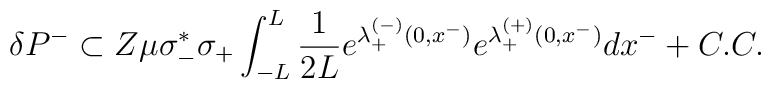
\delta P^- \subset Z\mu \sigma_-^*\sigma_+ \int_{-L}^L {1\over {2L}} e^{\lambda_+^{(-)}(0,x^-)} e^{\lambda_+^{(+)}(0,x^-)} dx^- + C.C.